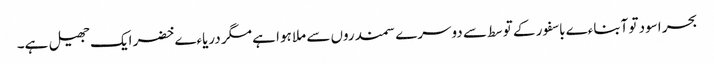
بحر اسود تو آبناءے باسفور کے توسط سے دوسرے سمندروں سے ملا ہوا ہے مگر دریاءے خضر ایک جھیل ہے۔